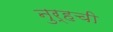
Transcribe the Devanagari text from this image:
नुर्हची